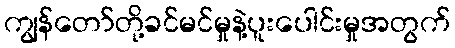
ကျွန်တော်တို့ခင်မင်မှုနဲ့ပူးပေါင်းမှုအတွက်